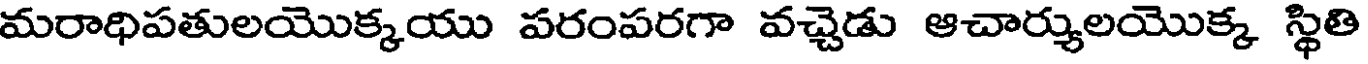
మరాధిపతులయొక్కయు పరంపరగా వచ్చెడు ఆచార్యులయొక్క స్థితి